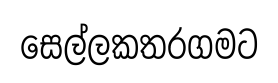
සෙල්ලකතරගමට